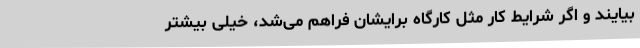
بیایند و اگر شرایط کار مثل کارگاه برایشان فراهم می‌شد، خیلی بیشتر